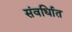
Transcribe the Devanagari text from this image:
संवर्धिात